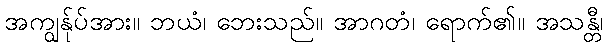
အကျွန်ုပ်အား။ ဘယံ၊ ဘေးသည်။ အာဂတံ၊ ရောက်၏။ အသန္တီ၊